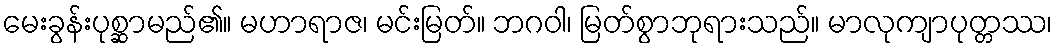
မေးခွန်းပုစ္ဆာမည်၏။ မဟာရာဇ၊ မင်းမြတ်။ ဘဂဝါ၊ မြတ်စွာဘုရားသည်။ မာလုကျာပုတ္တဿ၊